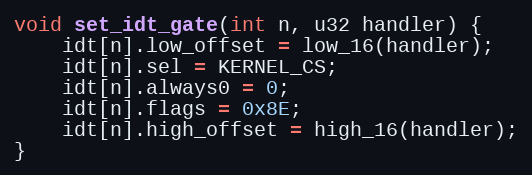
Language: C
void set_idt_gate(int n, u32 handler) {
    idt[n].low_offset = low_16(handler);
    idt[n].sel = KERNEL_CS;
    idt[n].always0 = 0;
    idt[n].flags = 0x8E;
    idt[n].high_offset = high_16(handler);
}